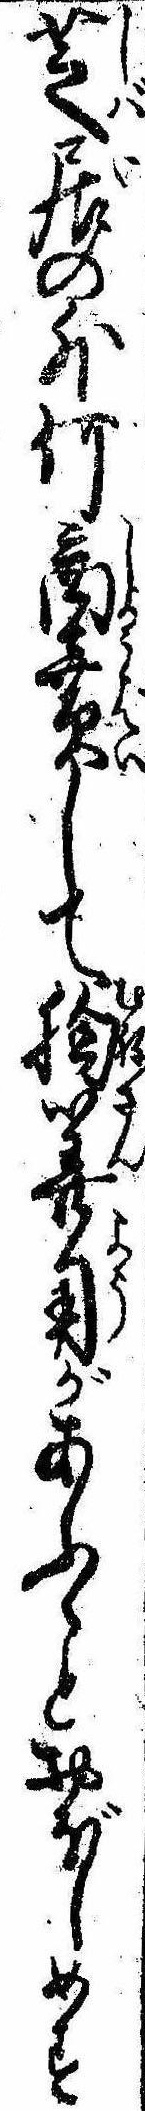
芝居の外何商売して胸算用があふとおぼしめす